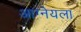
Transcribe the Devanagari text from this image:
आग्नेयला